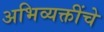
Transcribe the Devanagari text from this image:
अभिव्यक्तींचे